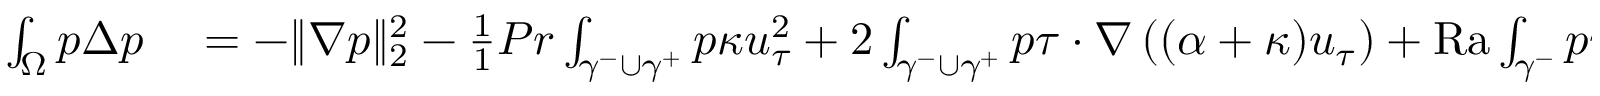
\begin{array} { r l } { \int _ { \Omega } p \Delta p } & { { } = - \| \nabla p \| _ { 2 } ^ { 2 } - \frac { 1 } { 1 } { { P r } } \int _ { \gamma ^ { - } \cup \gamma ^ { + } } p \kappa u _ { \tau } ^ { 2 } + 2 \int _ { \gamma ^ { - } \cup \gamma ^ { + } } p \tau \cdot \nabla \left( ( \alpha + \kappa ) u _ { \tau } \right) + \mathrm { { R a } } \int _ { \gamma ^ { - } } p n _ { 2 } } \end{array}